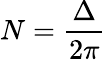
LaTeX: N={\frac{\Delta}{2\pi}}